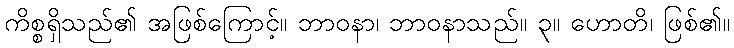
ကိစ္စရှိသည်၏ အဖြစ်ကြောင့်။ ဘာဝနာ၊ ဘာဝနာသည်။ ၃။ ဟောတိ၊ ဖြစ်၏။